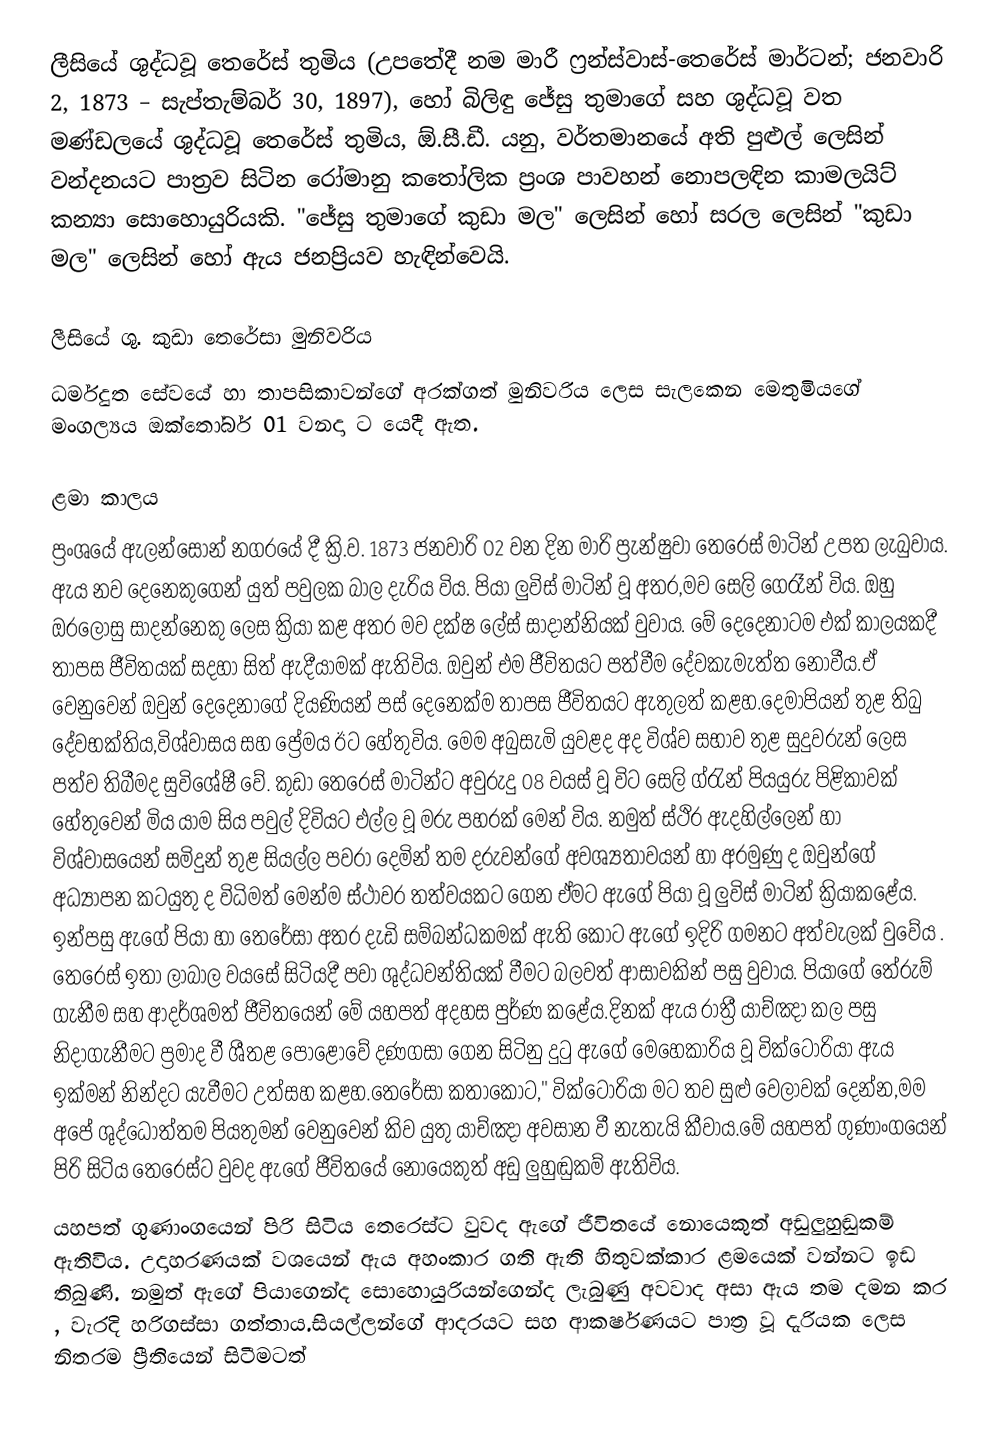
ලීසියේ ශුද්ධවූ තෙරේස් තුමිය (උපතේදී නම මාරී ෆ්‍රන්ස්වාස්-තෙරේස් මාර්ටන්; ජනවාරි 2, 1873 – සැප්තැම්බර් 30, 1897), හෝ  බිලිඳු ජේසු තුමාගේ සහ   ශුද්ධවූ වත මණ්ඩලයේ ශුද්ධවූ තෙරේස් තුමිය, ඕ.සී.ඩී. යනු, වර්තමානයේ අති පුළුල් ලෙසින් වන්දනයට පාත්‍රව සිටින  රෝමානු කතෝලික ප්‍රංශ  පාවහන් නොපලඳින කාමලයිට් කන්‍යා සොහොයුරියකි. "ජේසු තුමාගේ කුඩා මල" ලෙසින් හෝ සරල ලෙසින් "කුඩා මල" ලෙසින් හෝ ඇය ජනප්‍රියව හැඳින්වෙයි.

ලීසියේ ශු. කුඩා තෙරේසා මුනිවරිය
ධර්මදුත සේවයේ හා  තාපසිකාවන්ගේ අරක්ගත් මුනිවරිය ලෙස සැලකෙන මෙතුමියගේ මංගල්‍යය ඔක්තෝබර් 01 වනදා ට යෙදී ඇත.

ළමා කාලය
ප්‍රංශයේ ඇලන්සෝන් නගරයේ දී ක්‍රි.ව. 1873 ජනවාරි 02 වන  දින මාරි ප්‍රැන්ෂුවා තෙරෙස් මාටින් උපත ලැබුවාය. ඇය නව දෙනෙකුගෙන් යුත් පවුලක බාල දැරිය විය. පියා ලුවිස් මාටින් වූ අතර,මව සෙලි  ගෙරෑන් විය. ඔහු  ඔරලෝසු සාදන්නෙකු ලෙස ක්‍රියා කළ අතර මව දක්ෂ ලේස් සාදාන්නියක් වුවාය. මේ දෙදෙනාටම එක් කාලයකදී තාපස ජීවිතයක් සදහා සිත් ඇදීයාමක් ඇතිවිය. ඔවුන් එම  ජීවිතයට පත්වීම දේවකැමැත්ත නොවීය.ඒ වෙනුවෙන් ඔවුන් දෙදෙනාගේ දියණියන් පස් දෙනෙක්ම තාපස ජීවිතයට ඇතුලත් කළහ.දෙමාපියන් තුළ තිබු දේවභක්තිය,විශ්වාසය සහ ප්‍රේමය  ඊට හේතුවිය. මෙම අබුසැමි යුවළද අද විශ්ව සභාව තුළ සුදුවරුන් ලෙස පත්ව තිබීමද සුවිශේෂී වේ. කුඩා තෙරෙස් මාටින්ට අවුරුදු 08  වයස් වූ විට සෙලි ග්රැන් පියයුරු පිළිකාවක් හේතුවෙන් මිය යාම සිය පවුල් දිවියට එල්ල වූ මරු පහරක් මෙන් විය. නමුත් ස්ථිර ඇදහිල්ලෙන් හා විශ්වාසයෙන් සමිදුන් තුළ සියල්ල පවරා දෙමින් තම දරුවන්ගේ අවශ්‍යතාවයන් හා අරමුණු ද ඔවුන්ගේ අධ්‍යාපන කටයුතු ද විධිමත් මෙන්ම ස්ථාවර තත්වයකට ගෙන ඒමට ඇගේ පියා වූ ලුවිස් මාටින් ක්‍රියාකළේය. ඉන්පසු ඇගේ පියා හා තෙරේසා  අතර දැඩි සම්බන්ධකමක් ඇති කොට ඇගේ ඉදිරි ගමනට අත්වැලක් වුවේය . තෙරෙස් ඉතා ලාබාල  වයසේ සිටියදී පවා ශුද්ධවන්තියක් වීමට බලවත් ආසාවකින් පසු වුවාය. පියාගේ තේරුම් ගැනීම සහ ආදර්ශමත්  ජීවිතයෙන් මේ යහපත් අදහස පුර්ණ කළේය.දිනක් ඇය රාත්‍රී  යාච්ඤා  කල පසු නිදාගැනීමට ප්‍රමාද වී ශීතළ පොළොවේ දණගසා ගෙන සිටිනු දුටු ඇගේ මෙහෙකාරිය වූ වික්ටෝරියා ඇය ඉක්මන් නින්දට යැවීමට උත්සහ කළහ.තෙරේසා කතාකොට," වික්ටෝරියා මට තව සුළු වෙලාවක් දෙන්න,මම අපේ ශුද්ධෝත්තම පියතුමන් වෙනුවෙන් කිව යුතු යාච්ඤා අවසාන වී නැතැයි කීවාය.මේ යහපත් ගුණාංගයෙන් පිරි සිටිය තෙරෙස්ට වුවද ඇගේ ජීවිතයේ නොයෙකුත් අඩු ලුහුඬුකම් ඇතිවිය.
යහපත් ගුණාංගයෙන් පිරි සිටිය තෙරෙස්ට වුවද ඇගේ ජීවිතයේ නොයෙකුත්   අඩුලුහුඬුකම් ඇතිවිය. උදාහරණයක් වශයෙන් ඇය අහංකාර ගති ඇති හිතුවක්කාර ළමයෙක් වන්නට ඉඩ තිබුණි. නමුත් ඇගේ  පියාගෙන්ද සොහොයුරියන්ගෙන්ද ලැබුණු අවවාද අසා ඇය තම දමන කර , වැරදි හරිගස්සා ගත්තාය.සියල්ලන්ගේ ආදරයට සහ ආකර්ෂණයට පාත්‍ර වූ දැරියක ලෙස නිතරම ප්‍රීතියෙන් සිටීමටත්